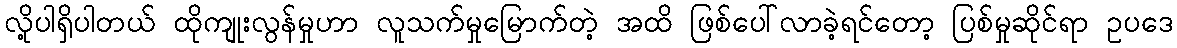
လို့ပါရှိပါတယ် ထိုကျုးလွန်မှုဟာ လူသက်မှုမြောက်တဲ့ အထိ ဖြစ်ပေါ်လာခဲ့ရင်တော့ ပြစ်မှုဆိုင်ရာ ဥပဒေ